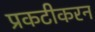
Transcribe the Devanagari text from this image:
प्रकटीकरन